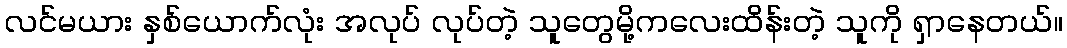
လင်မယား နှစ်ယောက်လုံး အလုပ် လုပ်တဲ့ သူတွေမို့ကလေးထိန်းတဲ့ သူကို ရှာနေတယ်။